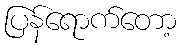
ပြန်ရောက်တော့